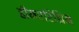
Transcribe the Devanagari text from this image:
हीमएरिथ्रिन